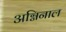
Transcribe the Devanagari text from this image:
अग्निनाल